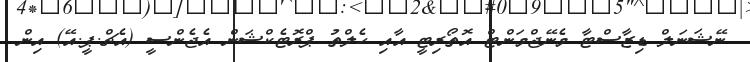
ނޭޝަނަލް ޑިޒާސްޓާ މެނޭޖްމަންޓް އޮތޯރިޓީ އާއި ހެލްތު ޕްރޮޓެކްޝަން އެޖެންސީ (އެޗް.ޕީ.އޭ) އިން